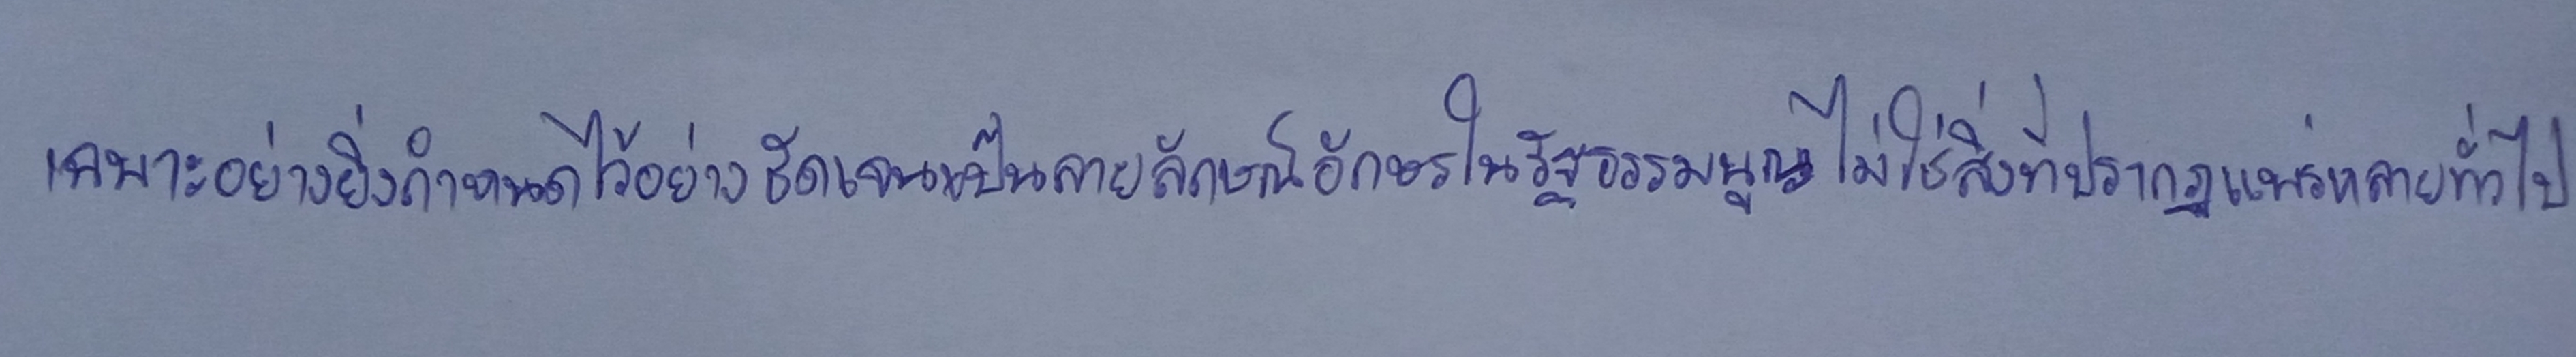
เฉพาะอย่างยิ่งกำหนดไว้อย่างชัดเจนเป็นลายลักษณ์อักษรในรัฐธรรมนูญไม่ใช่สิ่งที่ปรากฏแพร่หลายทั่วไป